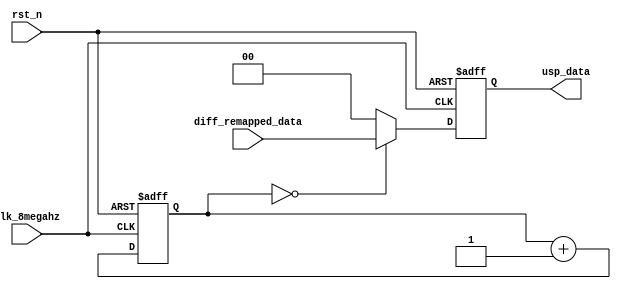
module upsampling(
    input clk_8megahz,
    input rst_n,
    input wire signed[1:0] diff_remapped_data,
    output reg signed[1:0] usp_data
);

reg [2:0]counter; // For 8

always @(posedge clk_8megahz or negedge rst_n)begin
    if(!rst_n) begin
        usp_data <= 2'b00;
        counter <= 3'b0;
    end else begin
        if(counter == 3'd0)
            usp_data <= diff_remapped_data;
        else
            usp_data <= 2'd0;
            
        counter <= counter + 3'd1;
    end
end

endmodule